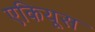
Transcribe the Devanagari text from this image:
एकियूस